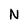
Character: N